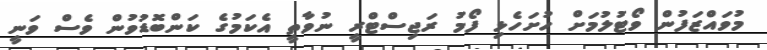
މުވައްޒަފުން ވޯޓުލުމަށް ހުށަހެޅި ފޯމު ރަޖިސްޓްރީ ނުވާތީ އެކަމުގެ ކަންބޮޑުވުން ވެސް ވަނީ